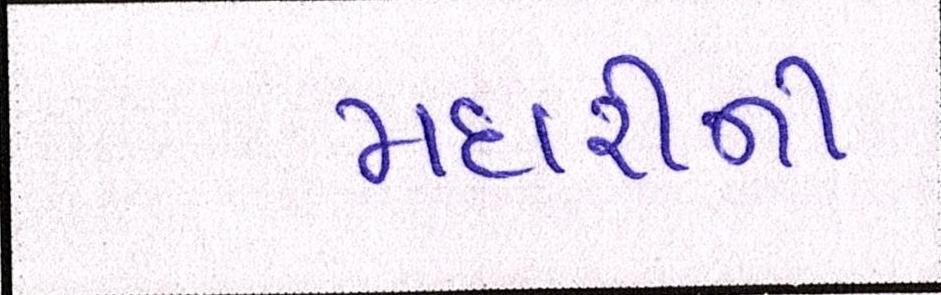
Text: મદારીની